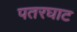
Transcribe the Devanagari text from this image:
पतरघाट